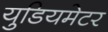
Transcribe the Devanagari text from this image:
युडियमेटर